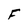
Character: F